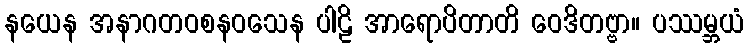
နယေန အနာဂတဝစနဝသေန ပါဠိ အာရောပိတာတိ ဝေဒိတဗ္ဗာ။ ပဿမ္ဘယံ